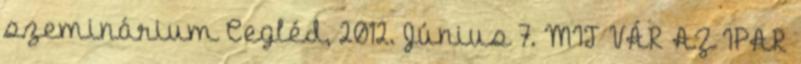
szeminárium Cegléd, 2012. Június 7. MIT VÁR AZ IPAR